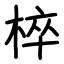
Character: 椊